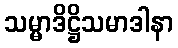
သမ္မာဒိဋ္ဌိသမာဒါနာ